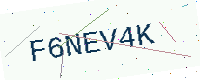
Text: F6NEV4K